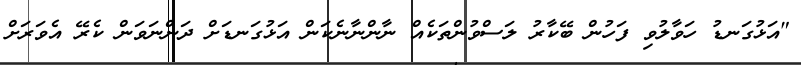
"އަޅުގަނޑު ހަވާލުވި ފަހުން ބޭކާރު ލަސްވުންތަކެއް ނާންނާނެކަން އަޅުގަނޑަށް ދަންނަވަން ކެރޭ އެވަރަށް